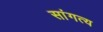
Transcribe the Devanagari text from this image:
सांगत्य